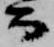
而